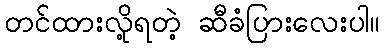
တင်ထားလို့ရတဲ့ ဆီခံပြားလေးပါ။